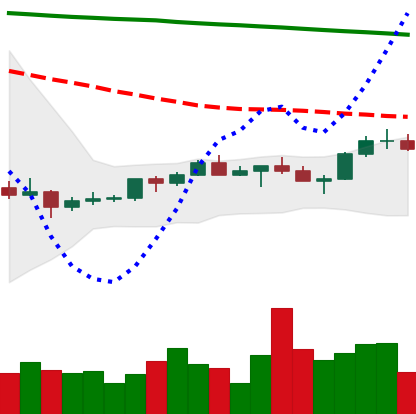
Ticker: XMR-USD
Chart end date: 2022-07-17
Forward return: 9.813%
Label: up_7plus